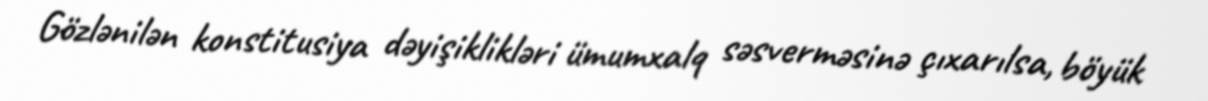
Gözlənilən konstitusiya dəyişiklikləri ümumxalq səsverməsinə çıxarılsa, böyük